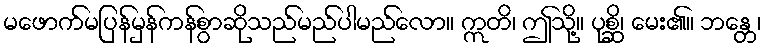
မဖောက်မပြန်မှန်ကန်စွာဆိုသည်မည်ပါမည်လော။ ဣတိ၊ ဤသို့။ ပုစ္ဆိ၊ မေး၏။ ဘန္တေ၊